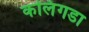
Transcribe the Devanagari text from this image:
कलिंगडा